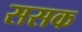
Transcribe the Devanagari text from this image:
ससक